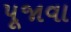
પૂજાવા